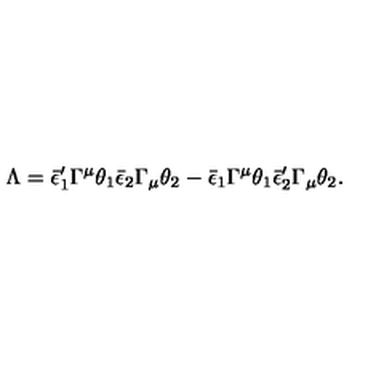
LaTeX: \Lambda = \bar { \epsilon } _ { 1 } ^ { \prime } \Gamma ^ { \mu } \theta _ { 1 } \bar { \epsilon } _ { 2 } \Gamma _ { \mu } \theta _ { 2 } - \bar { \epsilon } _ { 1 } \Gamma ^ { \mu } \theta _ { 1 } \bar { \epsilon } _ { 2 } ^ { \prime } \Gamma _ { \mu } \theta _ { 2 } .